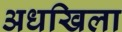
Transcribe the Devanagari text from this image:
अधखिला